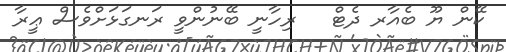
ކޭން ޔޫ ބެއާރ ދެޓް   ރިހާނީ ބޭނުންވީ ރަނގަޅަށްވެސް ޢީރާ